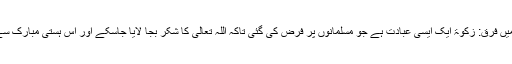
* کیفیت اور رُخ میں فرق: زکوٰۃ ایک ایسی عبادت ہے جو مسلمانوں پر فرض کی گئی تاکہ اللہ تعالیٰ کا شکر بجا لایا جاسکے اور اس ہستی مبارک سے قرب حاصل ہو۔